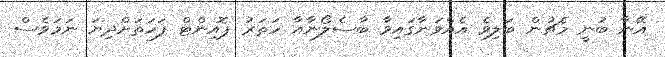
އޭނާ ބުނީ މެޗުން ބަލިވެ އެއްވަނާގައިވާ ބާސެލޯނާއާ ހަތަރު ޕޮއިންޓް ފަހަތަށްދިޔަ ނަމަވެސް